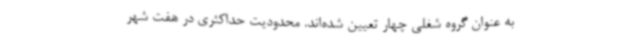
به عنوان گروه شغلی چهار تعیین شده‌اند. محدودیت حداکثری در هفت شهر